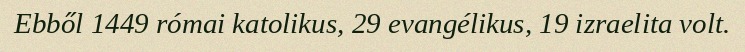
Ebből 1449 római katolikus, 29 evangélikus, 19 izraelita volt.